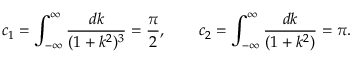
c _ { 1 } = \int _ { - \infty } ^ { \infty } \frac { d k } { ( 1 + k ^ { 2 } ) ^ { 3 } } = \frac { \pi } { 2 } , \qquad c _ { 2 } = \int _ { - \infty } ^ { \infty } \frac { d k } { ( 1 + k ^ { 2 } ) } = \pi .